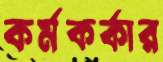
কর্মকর্কার